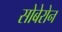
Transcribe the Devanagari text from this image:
सोबेरोन